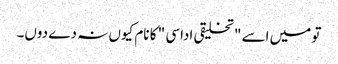
تو میں اسے " تخلیقی اداسی " کا نام کیوں نہ دے دوں۔